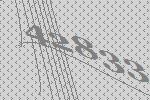
42833